Annual administration report of the Bombay Presidency - 1887-1892
Year: 1887
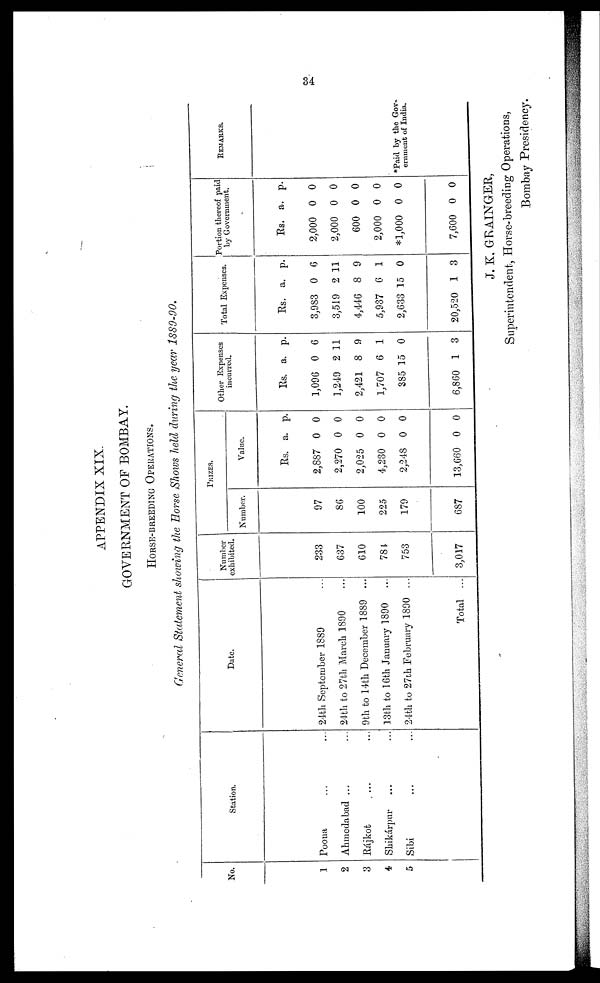
34
APPENDIX XIX.
GOVERNMENT OF BOMBAY.
HORSE-BREEDING OPERATIONS.
General Statement showing the Horse Shows held during the year 1889-90.
No.
1
2
3
4
5
Station.
Poona ... ...
Ahmedabad ... ...
Rájkot ... ...
Shikárpur ... ...
Sibi ... ...
Date.
24th September 1889 ...
24th to 27th March 1890 ...
9th to 14th December 1889 ...
13th to 16th January 1890
...
24th to 27th February 1890 ...
Total ...
Number
exhibited.
233
637
610
784
753
3,017
PRIZES.
Number.
97
86
100
225
179
687
Value.
Rs.
2,887
2,270
2,025
4,230
2,248
13,660
a.
0
0
0
0
0
0
p.
0
0
0
0
0
0
Other Expens
incurred.
Rs.
1,096
1,249
2,421
1,707
385
6,860
a.
0
2
8
6
15
1
p.
6
11
9
1
0
3
Total Expenses.
Rs.
3,983
3,519
4,446
5,937
2,633
20,520
a.
0
2
8
6
15
1
p.
6
11
9
1
0
3
Portion the of paid
by Government.
Rs.
2,000
2,000
600
2,000
*1,000
7,600
a.
0
0
0
0
0
0
p.
0
0
0
0
0
0
REMARKS.
*Paid by the Gov-
ernment of India.
J. K. GRAINGER,
Superintendent, Horse-breeding Operations,
Bombay Presidency.